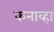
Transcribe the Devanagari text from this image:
कनाव्हा